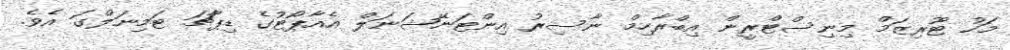
މަހު ޓޫރިޒަމް މިނިސްޓްރީން އިބްރާހިމް ނާސިރު އިންޓަނޭޝަނަލް އެއާޕޯޓުގެ ޑިޕާޗަ ޓަމިނަލްގަ އެވެ.